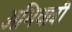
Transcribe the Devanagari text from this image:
अभिधात्री